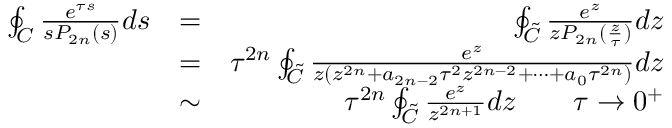
\begin{array} { r l r } { \oint _ { \cal C } \frac { e ^ { \tau s } } { s P _ { 2 n } ( s ) } d s } & { = } & { \oint _ { \cal \tilde { C } } \frac { e ^ { z } } { z P _ { 2 n } ( \frac { z } { \tau } ) } d z } \\ & { = } & { \tau ^ { 2 n } \oint _ { \cal \tilde { C } } \frac { e ^ { z } } { z ( z ^ { 2 n } + a _ { 2 n - 2 } \tau ^ { 2 } z ^ { 2 n - 2 } + \cdots + a _ { 0 } \tau ^ { 2 n } ) } d z } \\ & { \sim } & { \tau ^ { 2 n } \oint _ { \cal \tilde { C } } \frac { e ^ { z } } { z ^ { 2 n + 1 } } d z \qquad \tau \rightarrow 0 ^ { + } } \end{array}